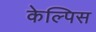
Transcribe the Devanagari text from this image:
केल्पिस